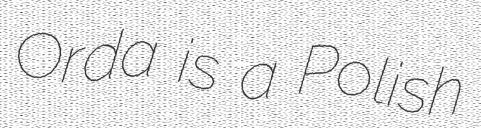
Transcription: Orda is a Polish